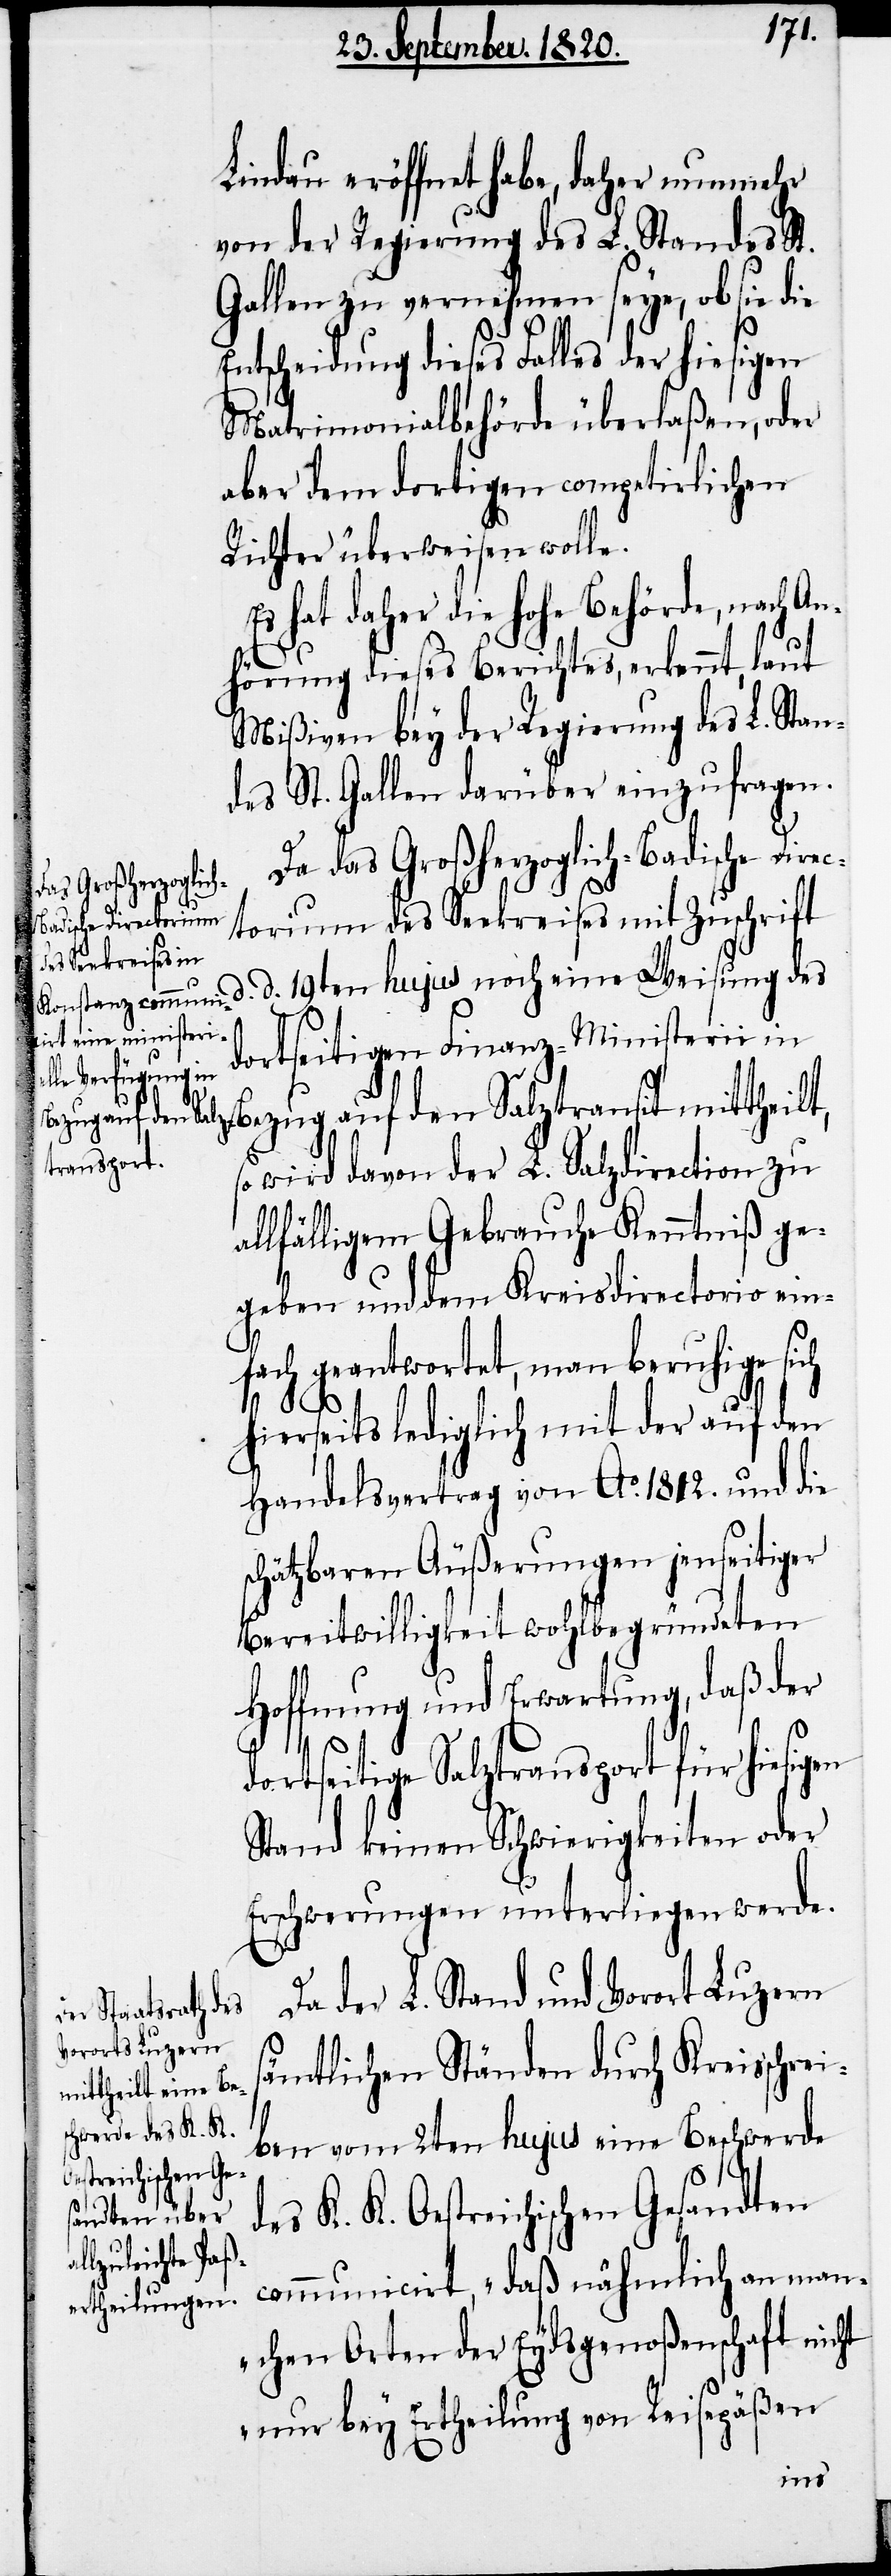
Lindau eröffnet habe, daher nunmehr
von der Regierung des L. Standes St.
Gallen zu vernehmen seye, ob sie die
Entscheidung dieses Falles der hiesigen
Matrimonialbehörde überlaßen, oder
aber dem dortigen competirlichen
Richter überweisen wolle.
Es hat daher die hohe Behörde, nach A¬
nhörung dieses Berichtes, erkennt, laut
Mißiven bey der Regierung des L. Stan¬
des St. Gallen darüber einzufragen.
Da das Großherzoglich-Badische Dire¬
dortseitige Salz¬
ctorium des Seekreises mit Zuschrift
d. 19ten hujus noch eine Weisung des
dortseitigen Finanz-Ministerii
in Bezug auf den Salztransit mittheilt,
transport
so wird davon der L. Salzdirection zu
allfälligem Gebrauche Kenntniß ge¬
geben und dem Kreisdirectorio ein¬
fach geantwortet, man beruhige sich
hierseits lediglich mit der auf den
Handelsvertrag von Ao. 1812. und die
schätzbaren Äußerungen jenseitiger
Bereitwilligkeit wohlbegründeten
Hoffnung und Erwartung, daß der
Stand keinen Schwierigkeiten oder
Erschwerungen unterliegen werde.
Da der L. Stand und Vorort Luzern
sämtlichen Ständen durch Kreisschrei¬
ben vom 2ten hujus eine Beschwerde
K. K. Oestreichischen Gesandten
communicirt, „daß nähmlich an man¬
chen Arten der Eydsgenoßenschaft nicht
nur bey Ertheilung von Reisepäßen